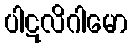
ပါဋလိဂါမော